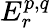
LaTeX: E_{r}^{p,q}